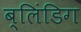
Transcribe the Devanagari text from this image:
ब्लिंडिग